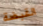
القبضة